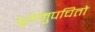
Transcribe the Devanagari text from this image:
ध्रुवमुपचितो